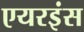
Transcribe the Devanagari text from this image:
एयरइंस